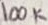
Text: 100K